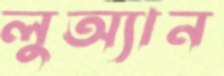
লুঅ্যান